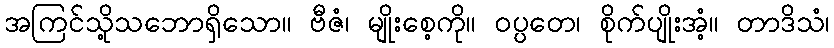
အကြင်သို့သဘောရှိသော။ ဗီဇံ၊ မျိုးစေ့ကို။ ဝပ္ပတေ၊ စိုက်ပျိုးအံ့။ တာဒိသံ၊